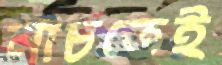
নাচতেই